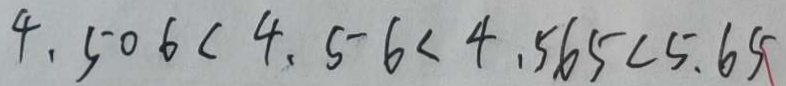
4 . 5 0 6 < 4 . 5 6 < 4 . 5 6 5 < 5 . 6 5